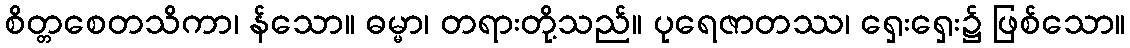
စိတ္တစေတသိကာ၊ န်သော။ ဓမ္မာ၊ တရားတို့သည်။ ပုရေဇာတဿ၊ ရှေးရှေး၌ ဖြစ်သော။